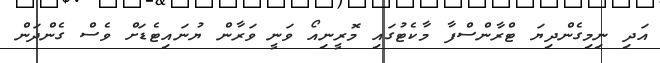
އަދި ނިމިގެންދިޔަ ޓްރާންސްފާ މާކެޓުގައި މޮރީނިއޯ ވަނީ ވަރާން ޔުނައިޓެޑަށް ވެސް ގެންދަން